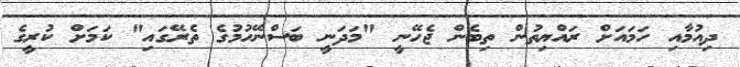
ދިއުމާއި ހަމައަށް ރައްޔިތުން ތިބެން ޖެހޭނީ "މަދަނީ ބަސްނޭހުމުގެ ތެރޭގައި" ކަމަށް ކުރީގެ